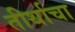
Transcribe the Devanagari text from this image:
तीर्थाचा